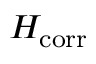
H _ { \mathrm { c o r r } }